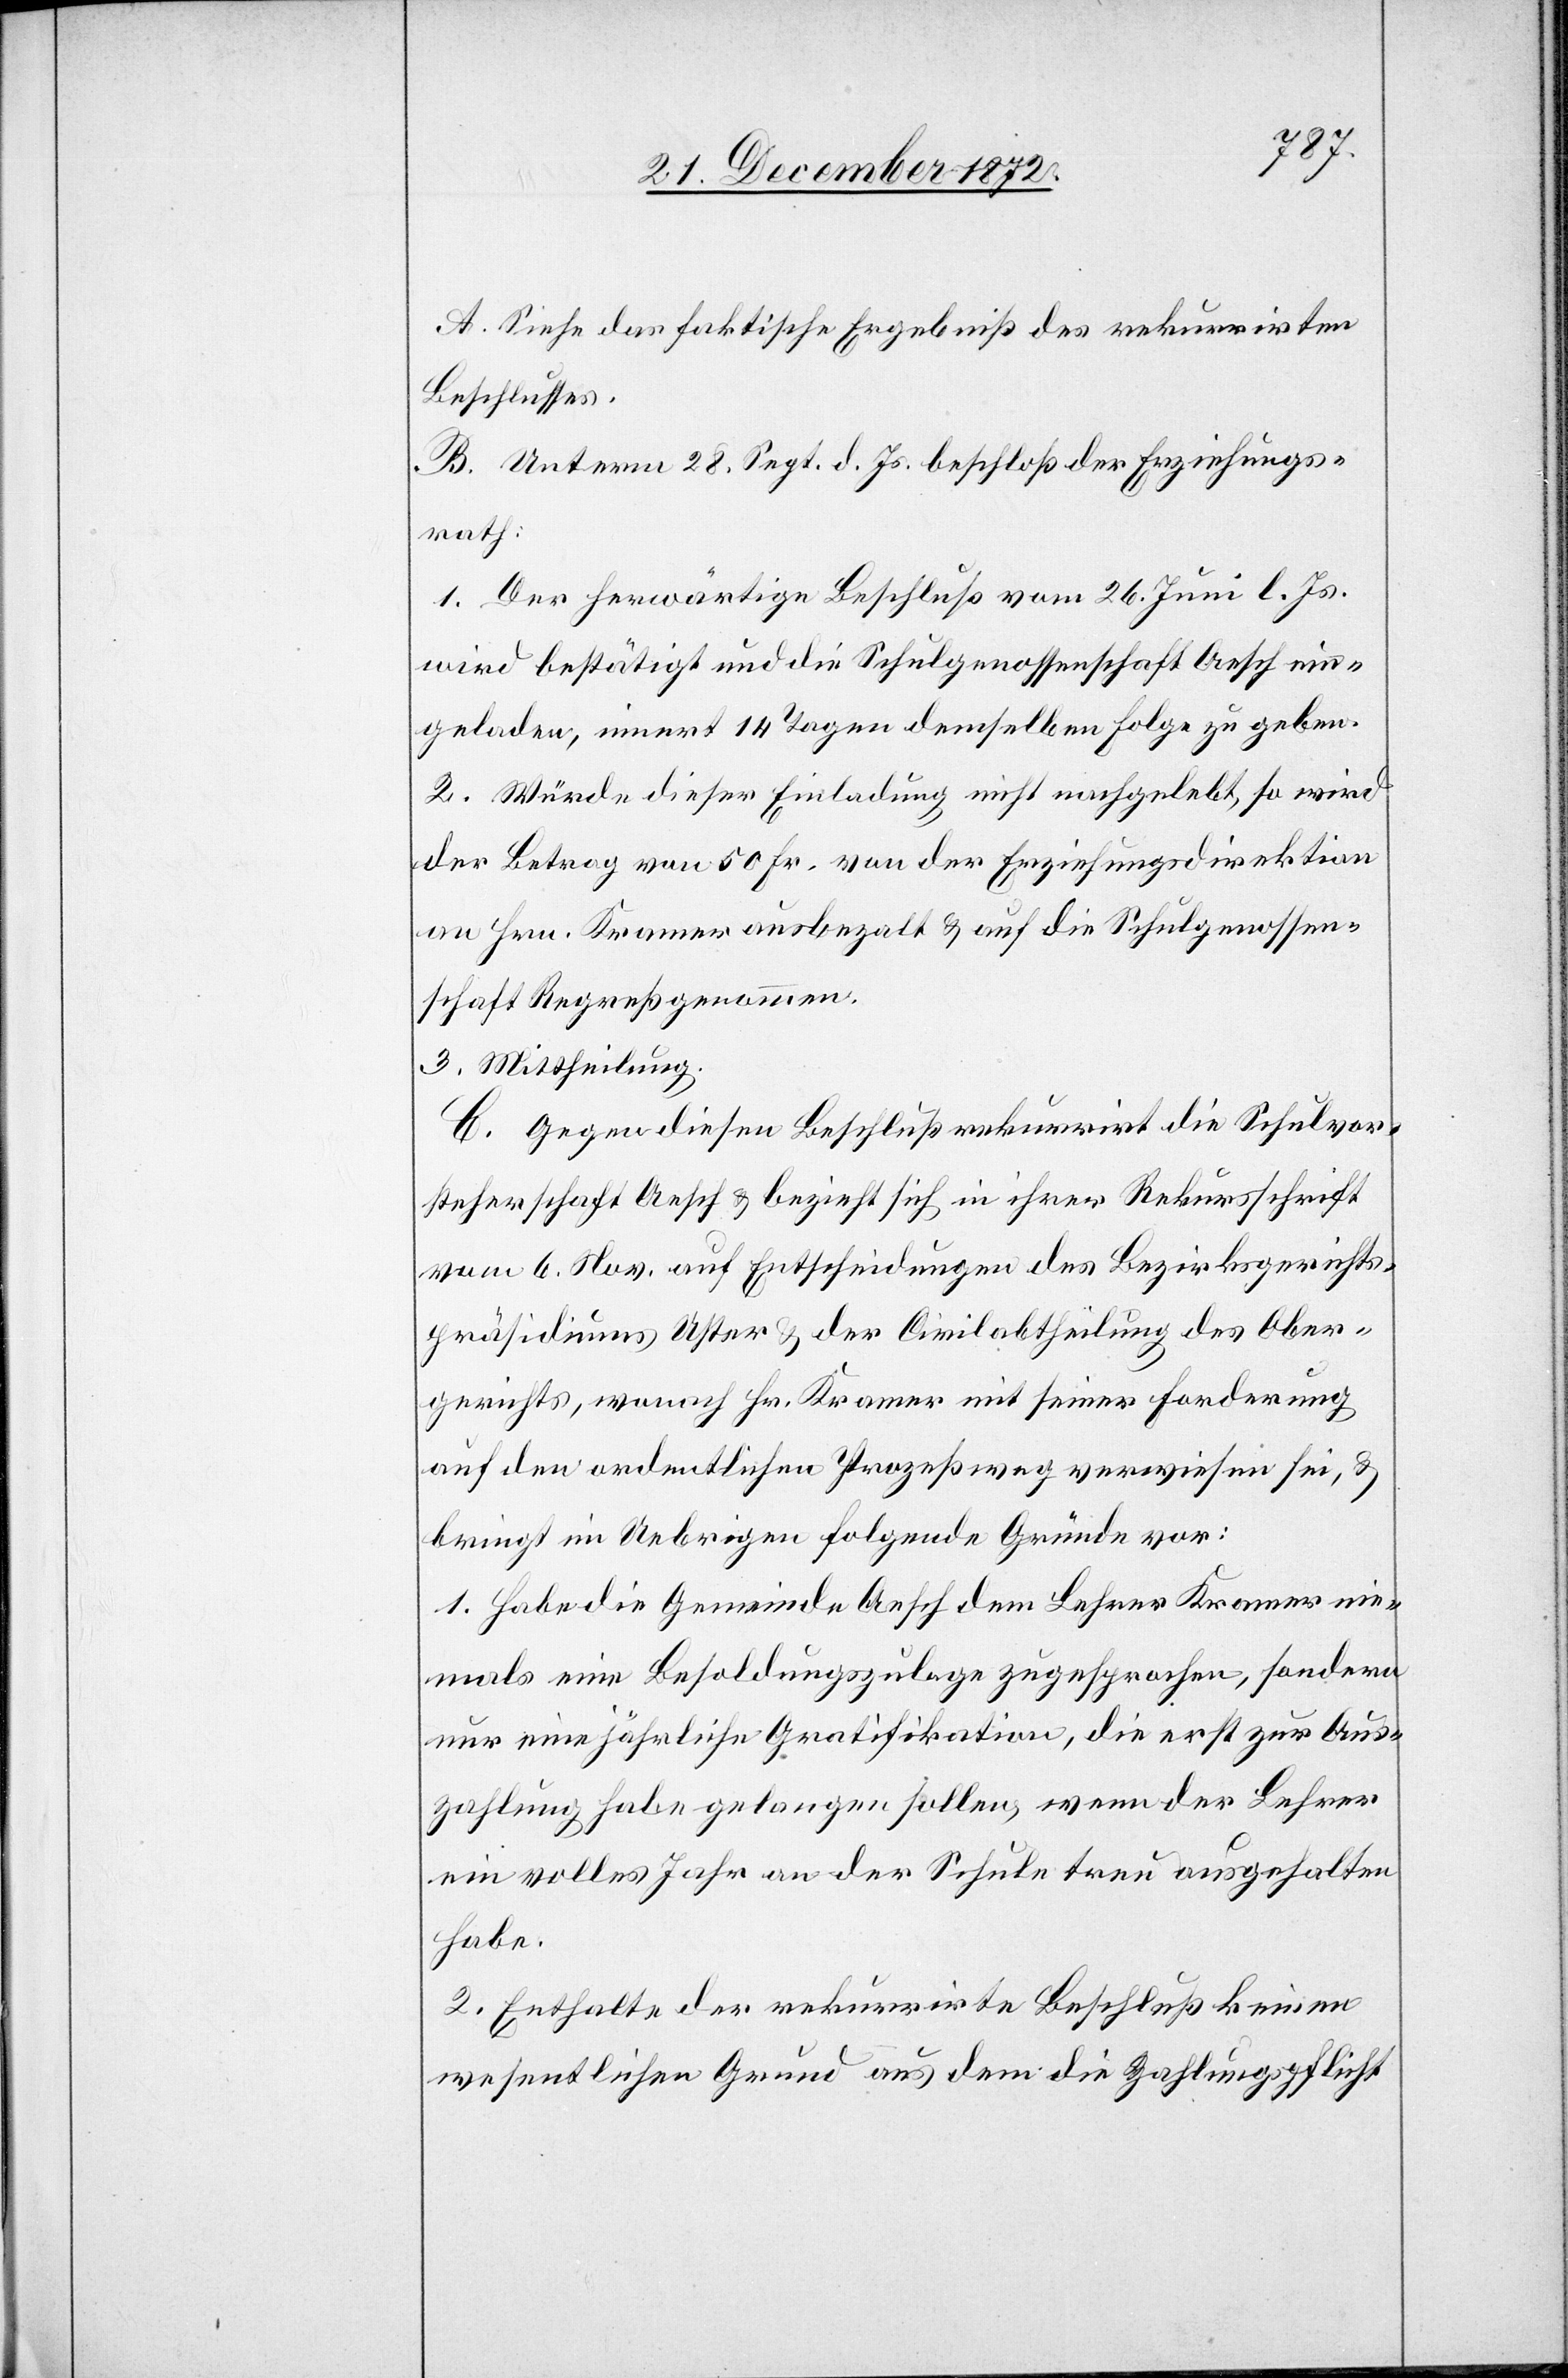
A. Siehe das faktische Ergebniß des rekurrirten
Beschlusses.
B. Unterm 28. Sept. d. Js. beschloß der Erziehungs¬
rath:
1. Der herwärtige Beschluß vom 26. Juni l. Js.
wird bestätigt und die Schulgenossenschaft Aesch ein¬
geladen, innert 14 Tagen demselben Folge zu geben.
2. Würde dieser Einladung nicht nachgelebt, so wird
der Betrag von 50 Fr. von der Erziehungsdirektion
an Hrn. Kramer ausbezalt u. auf die Schulgenossen¬
schaft Regreß genommen.
3. Mittheilung.
C. Gegen diesen Beschluß rekurrirt die Schulvor¬
steherschaft Aesch u. bezieht sich in ihrer Rekursschrift
vom 6. Nov. auf Entscheidungen des Bezirksgerichts¬
präsidiums Uster u. der Civilabtheilung des Ober¬
gerichts, wonach Hr. Kramer mit seiner Forderung
auf den ordentlichen Prozeßweg verwiesen sei, u.
bringt im Uebrigen folgende Gründe vor:
1. Habe die Gemeinde Aesch dem Lehrer Kramer nie¬
mals eine Besoldungszulage zugesprochen, sondern
nur eine jährliche Gratifikation, die erst zur Aus¬
zahlung habe gelangen sollen, wenn der Lehrer
ein volles Jahr an der Schule treu ausgehalten
habe.
2. Enthalte der rekurrirte Beschluß keinen
wesentlichen Grund aus dem die Zahlungspflicht